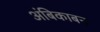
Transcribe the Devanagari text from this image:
अंबिकाबन